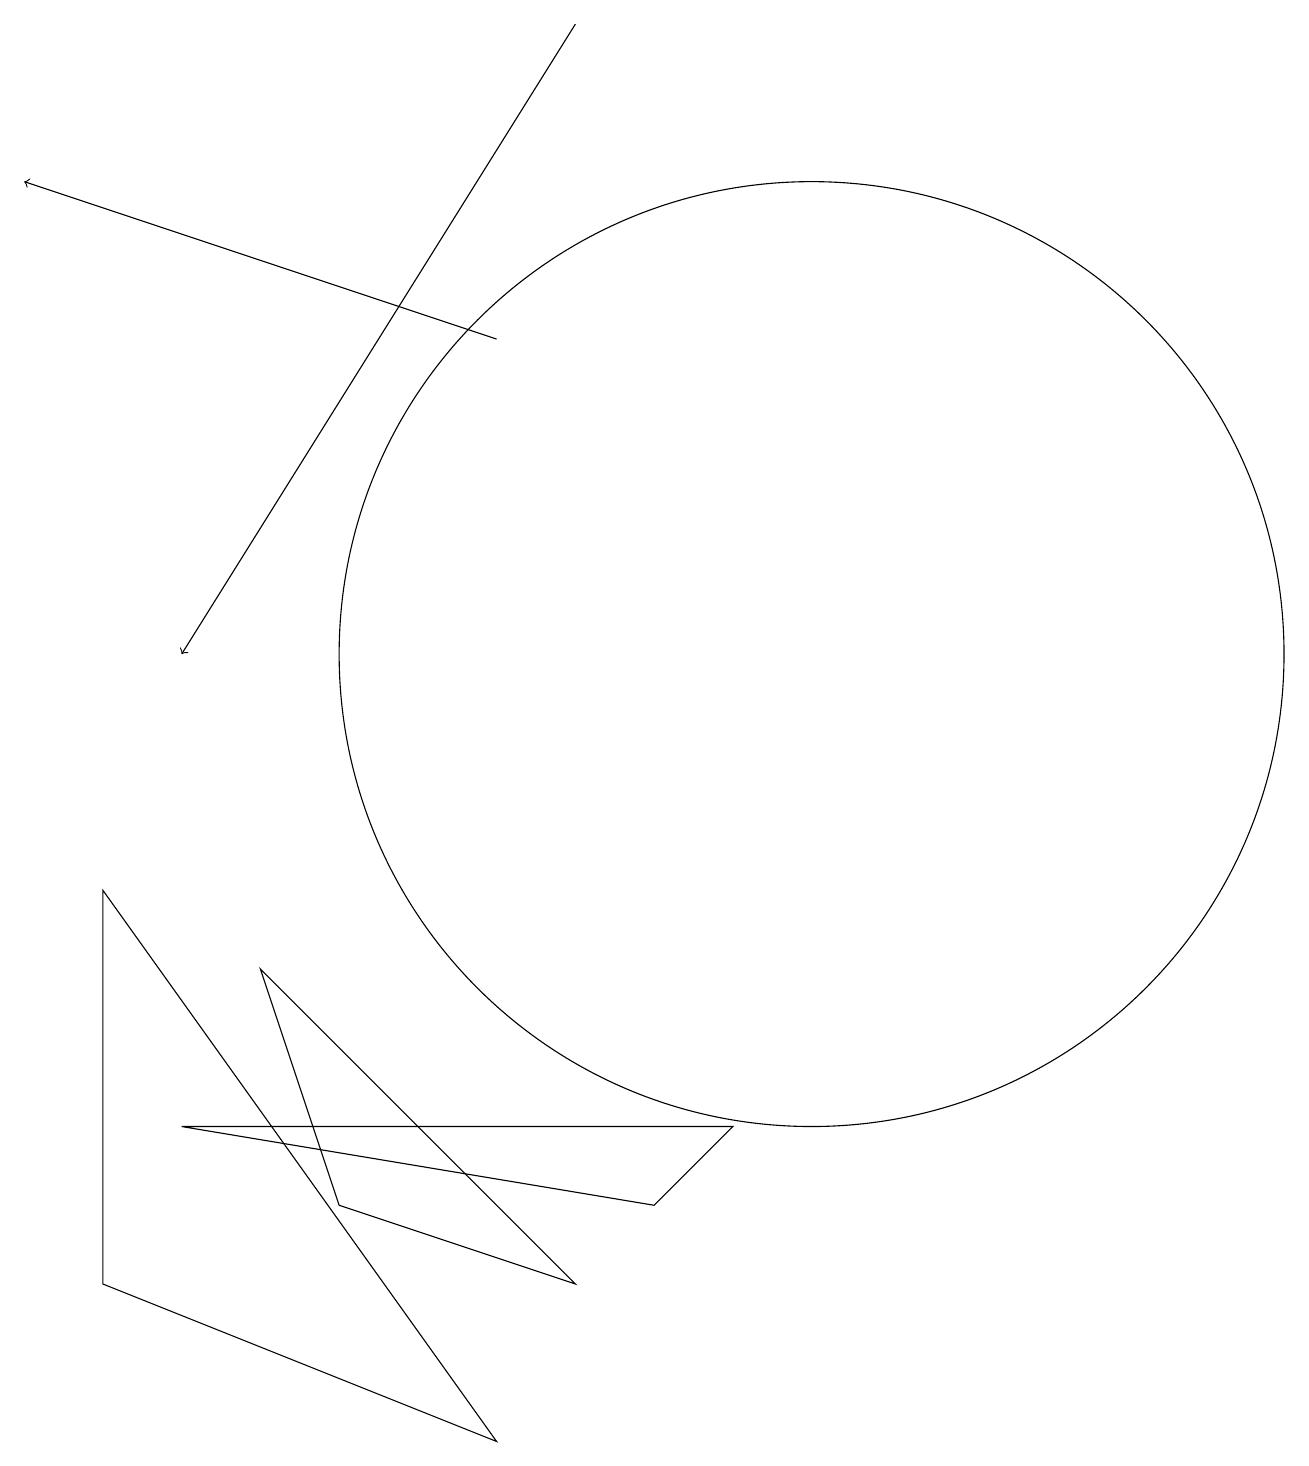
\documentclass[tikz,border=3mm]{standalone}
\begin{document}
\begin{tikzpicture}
\draw (7,3) -- (4,4) -- (3,7) -- cycle;
\draw (10,11) circle (6);
\draw (9,5) -- (2,5) -- (8,4) -- cycle;
\draw (1,8) -- (6,1) -- (1,3) -- cycle;
\draw[->] (7,19) -- (2,11);
\draw[->] (6,15) -- (0,17);
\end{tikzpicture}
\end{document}